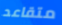
متقاعد